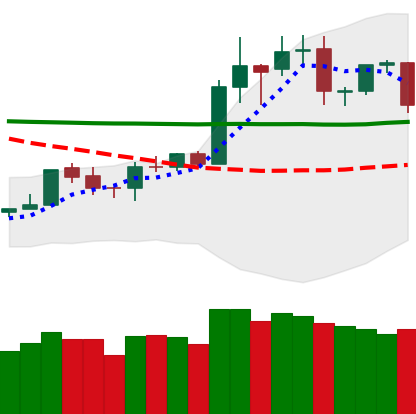
Ticker: TRX-USD
Chart end date: 2020-01-23
Forward return: 14.526%
Label: up_7plus